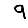
Digit: 9